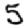
Digit: 5